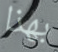
بهذا